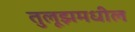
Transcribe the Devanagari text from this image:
तुलूझमधील